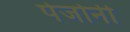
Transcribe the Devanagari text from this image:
पेजोनी